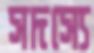
সদস্যে